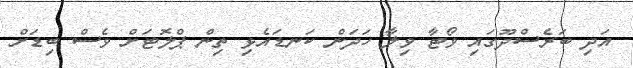
އަދި ބަރެސްދޫގައި ވޯޓާ ވިލާ ހަދަން ކަނޑައެޅި ތިން ޕްލޮޓަށް ވެސް ބިޑަށް